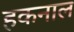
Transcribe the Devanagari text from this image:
हकनाल